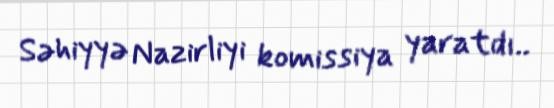
Səhiyyə Nazirliyi komissiya yaratdı..